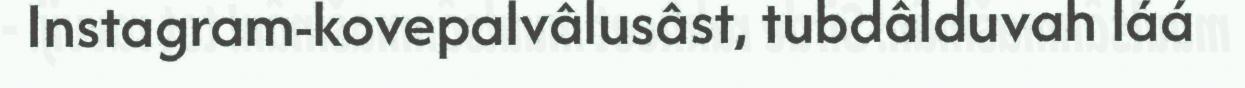
Instagram-kovepalvâlusâst, tubdâlduvah láá